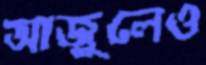
আজুলেও